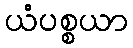
ယံပစ္စယာ